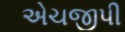
એચજીપી